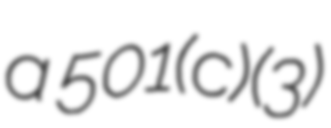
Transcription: a  501(c)(3)